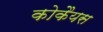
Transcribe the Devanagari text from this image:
कोकैयस